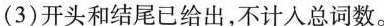
(3)开头和结尾已给出，不计入总词数。